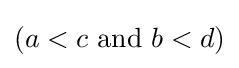
(a<c{\text{ and }}b<d)